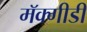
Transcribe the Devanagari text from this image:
मॅक्गीडी